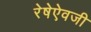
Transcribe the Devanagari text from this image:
रेषेऐवजी